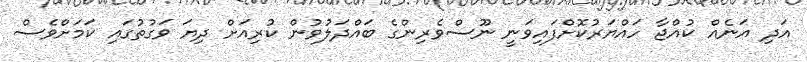
އަދި އަނެއް ކުއްޖާ ހައްޔަރުކޮށްފައިވަނީ ނޫސްވެރިންގެ ބައްދަލުވުން ކުރިއަށް ދިޔަ ވަގުތުގައި ކަމަށްވެސް